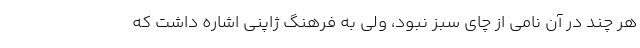
هر چند در آن نامی از چای سبز نبود، ولی به فرهنگ ژاپنی اشاره داشت که